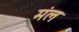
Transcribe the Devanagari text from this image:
मंल